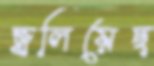
জ্বলিয়েছ